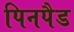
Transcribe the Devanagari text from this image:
पिनपैड